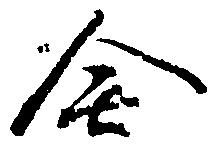
全